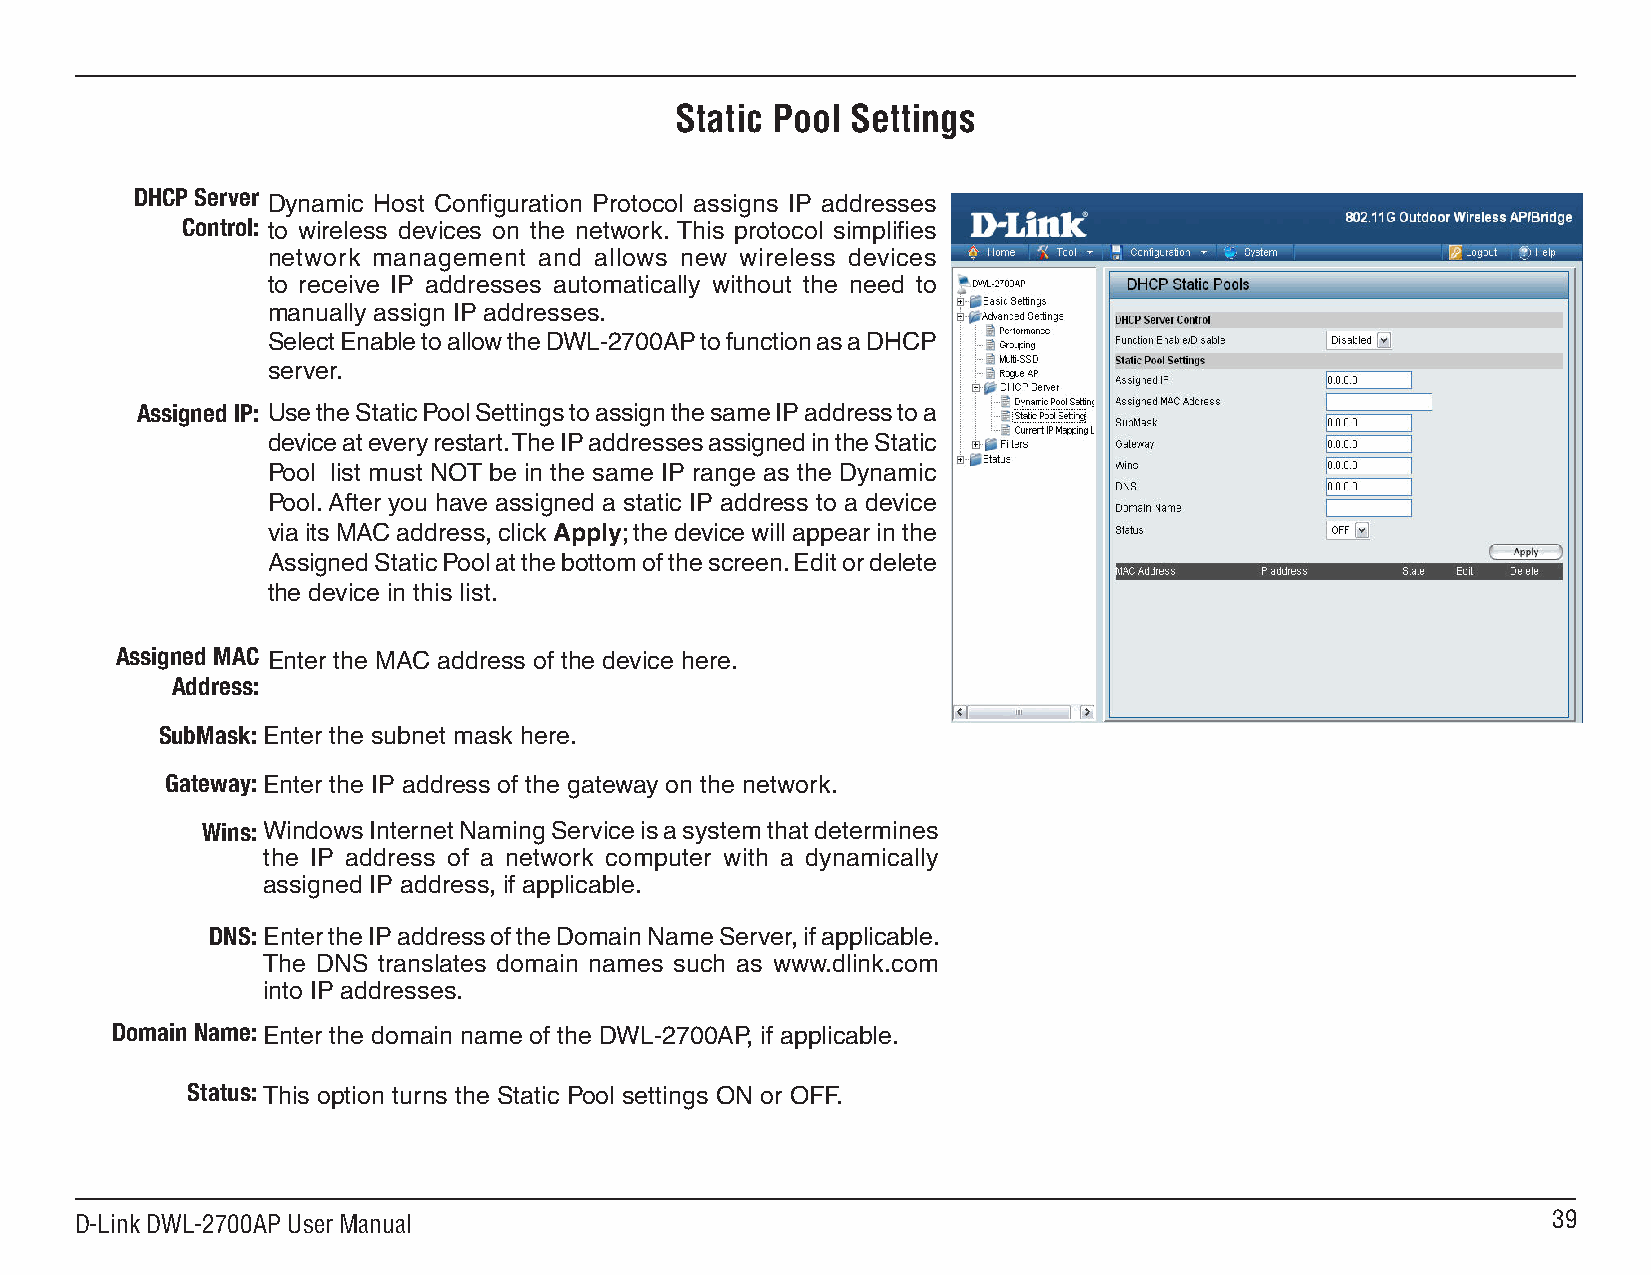
Static Pool Settings
 DHCP Server
 Dynamic Host Configuration Protocol assigns IP addresses
 Control: to wireless devices on the network. This protocol simplifies
 network management and allows new wireless devices
 to receive IP addresses automatically without the need to
 manually assign IP addresses.
 Select Enable to allow the DWL-2700AP to function as a DHCP
 server.
 Assigned IP: Use the Static Pool Settings to assign the same IP address to a
 device at every restart. The IP addresses assigned in the Static
 Pool list must NOT be in the same IP range as the Dynamic
 Pool. After you have assigned a static IP address to a device
 via its MAC address, click Apply; the device will appear in the
 Assigned Static Pool at the bottom of the screen. Edit or delete
 the device in this list.
 Assigned MAC Enter the MAC address of the device here.
 Address:
 SubMask: Enter the subnet mask here.
 Gateway: Enter the IP address of the gateway on the network.
 Wins: Windows Internet Naming Service is a system that determines
 the IP address of a network computer with a dynamically
 assigned IP address, if applicable.
 DNS: Enter the IP address of the Domain Name Server, if applicable.
 The DNS translates domain names such as www.dlink.com
 into IP addresses.
 Domain Name: Enter the domain name of the DWL-2700AP, if applicable.
 Status: This option turns the Static Pool settings ON or OFF.
 D-Link DWL-2700AP User Manual                                                                     